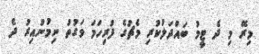
މިރޭ މި ދެ ޓީމު ބައްދަލުކުރި މެޗުގެ ފުރިހަމަ ވަގުތު ނިމުނުއިރު ދެ